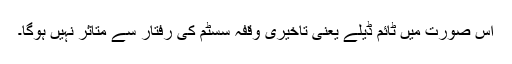
اس صورت میں ٹائم ڈیلے یعنی تاخیری وقفہ سسٹم کی رفتار سے متاثر نہیں ہوگا۔